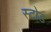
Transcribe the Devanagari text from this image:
स्टोड